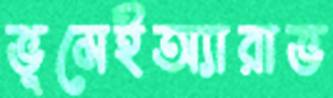
ভূমেইঅ্যারাভ